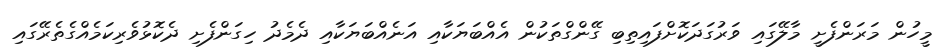
މީހުން މަރަންފެށީ މާލޭގައި ވަރުގަދަކޮށްފައިތިބި ގޭންގްތަކުން އެއްބަޔަކާއި އަނެއްބަޔަކާއި ދެމެދު ހިގަންފެށި ދެކޮޅުވެރިކަމެއްގެތެރޭގައި